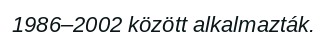
1986–2002 között alkalmazták.